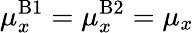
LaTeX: \mu_{x}^{\mathrm{B}1}=\mu_{x}^{\mathrm{B}2}=\mu_{x}